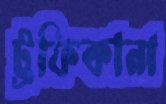
ট্রফিকানা